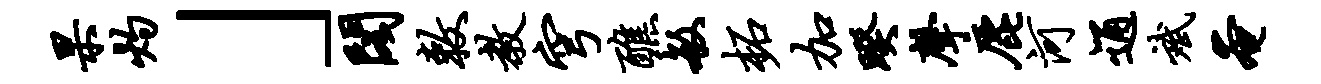
杲灼」阁敕教穹醮敏柘加暌声鹿河通斌奄